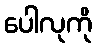
ပေါလုကို